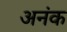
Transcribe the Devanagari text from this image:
अनंक